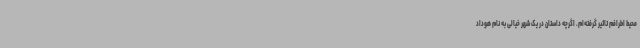
محیط اطرافم تاثیر گرفته‌ام. اگرچه داستان در یک شهر خیالی به نام هوداد